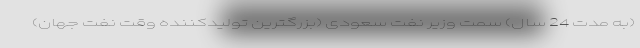
(به مدت 24 سال) سمت وزیر نفت سعودی (بزرگترین تولیدکننده وقت نفت جهان)